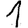
Digit: 1